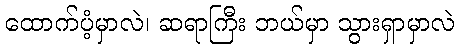
ထောက်ပံ့မှာလဲ၊ ဆရာကြီး ဘယ်မှာ သွားရှာမှာလဲ